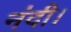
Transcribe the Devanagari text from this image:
नंदी।